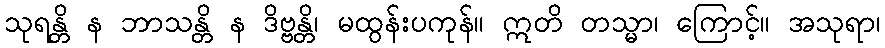
သုရန္တိ န ဘာသန္တိ န ဒိဗ္ဗန္တိ၊ မထွန်းပကုန်။ ဣတိ တသ္မာ၊ ကြောင့်။ အသုရာ၊